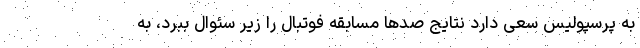
به پرسپولیس سعی دارد نتایج صدها مسابقه فوتبال را زیر سئوال ببرد، به